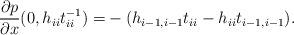
LaTeX: \begin{align*} \frac{\partial p}{\partial x}(0,h_{ii}t_{ii}^{-1}) =& - (h_{i-1,i-1}t_{ii} - h_{ii}t_{i-1,i-1}).\\ \end{align*}